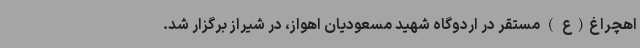
اهچراغ(ع ) مستقر در اردوگاه شهید مسعودیان اهواز، در شیراز برگزار شد.